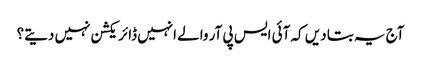
آج یہ بتا دیں کہ آئی ایس پی آر والے انہیں ڈائریکشن نہیں دیتے؟